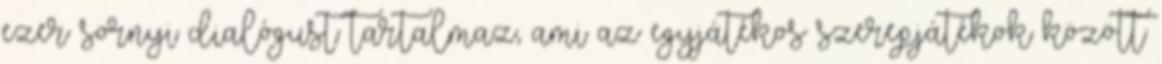
ezer sornyi dialógust tartalmaz, ami az egyjátékos szerepjátékok között